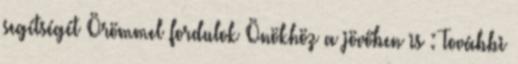
segítségét Örömmel fordulok Önökhöz a jövőben is : További